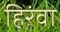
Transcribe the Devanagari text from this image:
हिरंवा